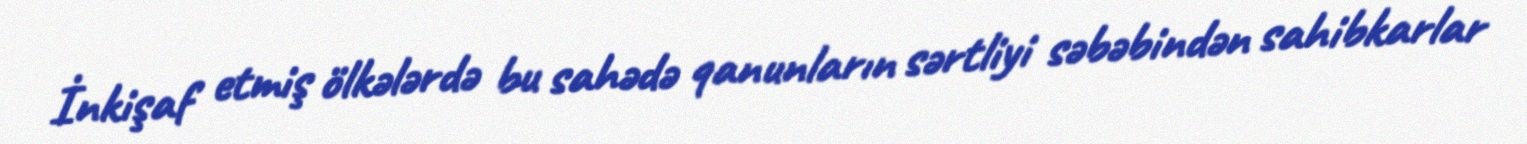
İnkişaf etmiş ölkələrdə bu sahədə qanunların sərtliyi səbəbindən sahibkarlar